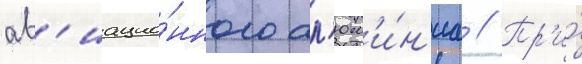
ав'иацио́нного ал'юм'и́н'иа // Пр'и́